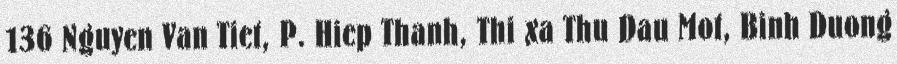
136 Nguyen Van Tiet, P. Hiep Thanh, Thi xa Thu Dau Mot, Binh Duong